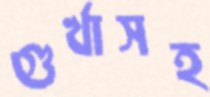
গুর্খাসহ